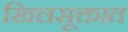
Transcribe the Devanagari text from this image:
खिलसूक्तात